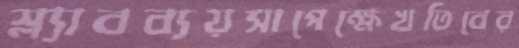
স্ল্যাবব্যয়সাপেক্ষেখতিবের